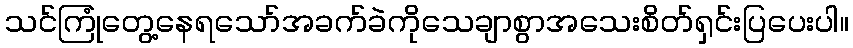
သင်ကြုံတွေ့နေရသော်အခက်ခဲကိုသေချာစွာအသေးစိတ်ရှင်းပြပေးပါ။